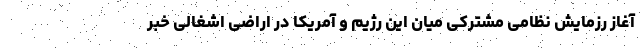
آغاز رزمایش نظامی مشترکی میان این رژیم و آمریکا در اراضی اشغالی خبر